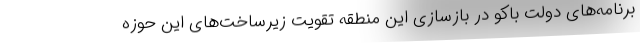
برنامه‌های دولت باکو در بازسازی این منطقه تقویت زیرساخت‌های این حوزه